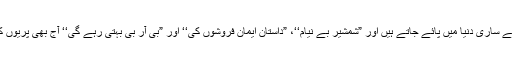
ان سے محبت رکھنے والے ساری دنیا میں پائے جاتے ہیں اور ”شمشیر بے نیام‘‘، ”داستان ایمان فروشوں کی‘‘ اور ”بی آر بی بہتی رہے گی‘‘ آج بھی پریوں کی سی داستان رکھتی ہیں۔